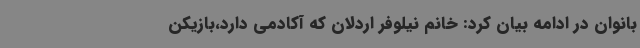
بانوان در ادامه بیان کرد: خانم نیلوفر اردلان که آکادمی دارد،بازیکن